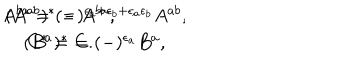
\begin{array} { c } { { A ^ { b a } = ( - ) ^ { \epsilon _ { a } + \epsilon _ { b } + \epsilon _ { a } \epsilon _ { b } } A ^ { a b } , \hspace { 3 m m } ( A ^ { a b } ) ^ { * } = A ^ { b a } , } } \\ { { ( B ^ { a } ) ^ { * } = ( - ) ^ { \epsilon _ { a } } B ^ { a } , \hspace { 3 m m } C ^ { * } = C . } } \\ \end{array}